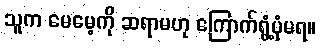
သူက မေမေ့ကို ဆရာမဟု ကြောက်ရွံ့ပုံမရ။